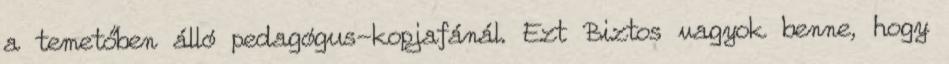
a temetőben álló pedagógus-kopjafánál. Ezt Biztos vagyok benne, hogy